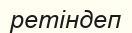
ретіндеп